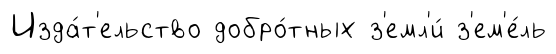
Изда́т'ельство добро́тных з'емл'и́ з'ем'е́ль